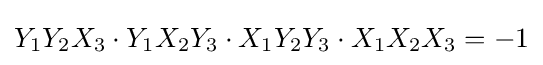
Y_{1}Y_{2}X_{3}\cdot Y_{1}X_{2}Y_{3}\cdot X_{1}Y_{2}Y_{3}\cdot X_{1}X_{2}X_{3}=-1